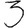
Digit: 3